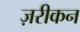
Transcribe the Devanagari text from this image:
ज़रीकन